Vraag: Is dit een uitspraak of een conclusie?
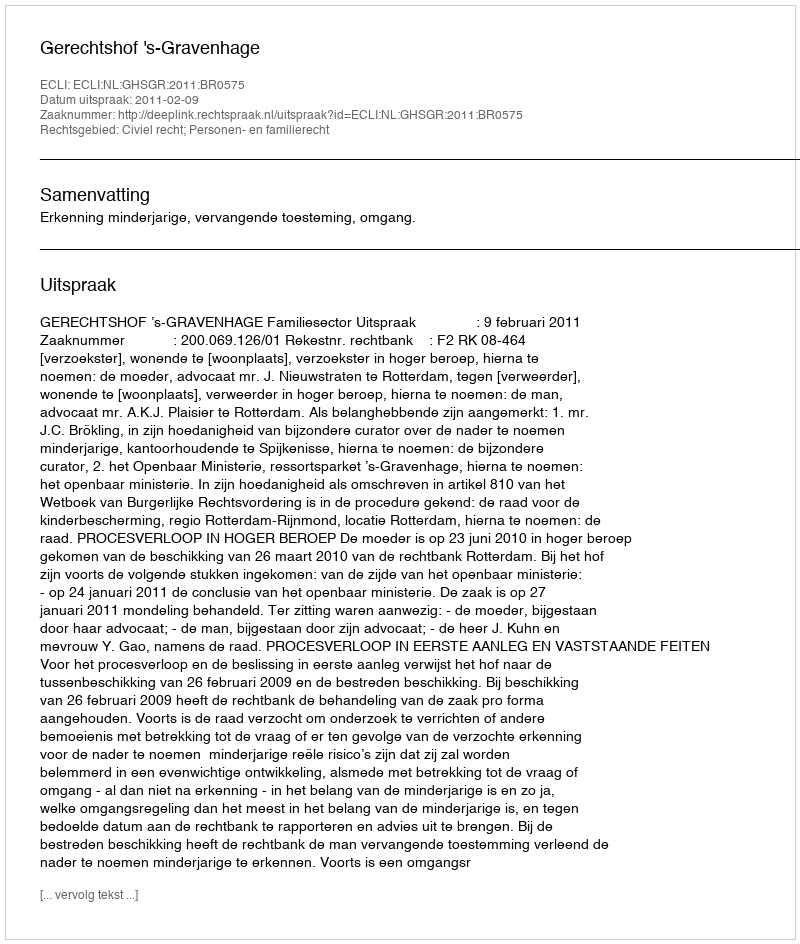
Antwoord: Uitspraak